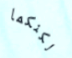
لكنكما